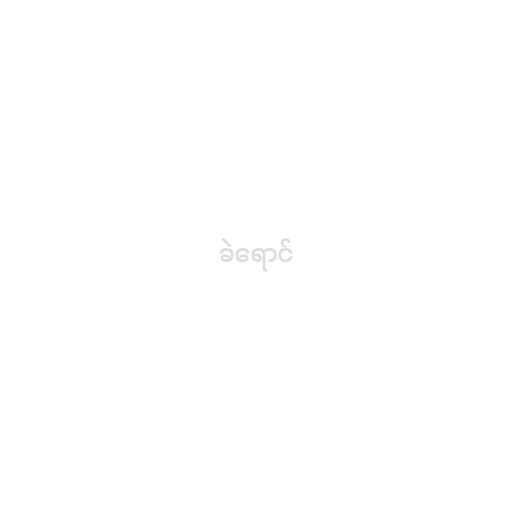
ခဲရောင်